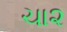
ચા૨